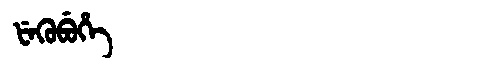
Manchu: ᡶᡝᡴᡠᠪᡠᡥᡝ
Romanization: FEKUBUHE